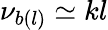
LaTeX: \nu_{b(l)}\simeq kl